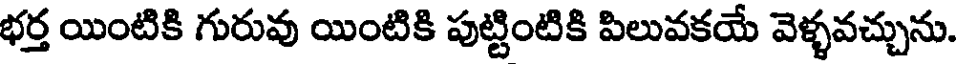
భర్త యింటికి గురువు యింటికి పుట్టింటికి పిలువకయే వెళ్ళవచ్చును.